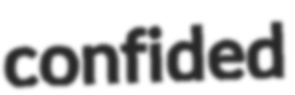
confided